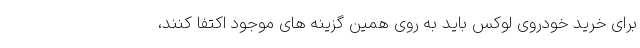
برای خرید خودروی لوکس باید به روی همین گزینه های موجود اکتفا کنند،